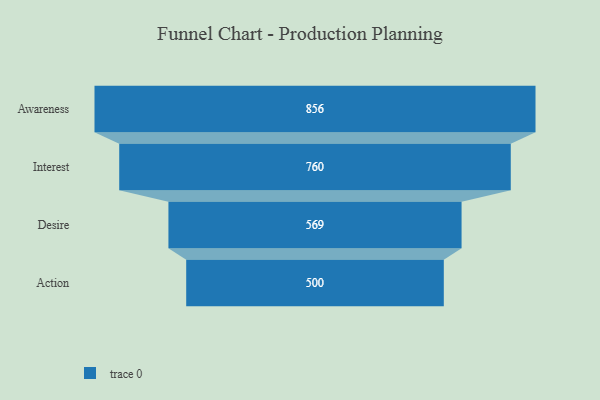
{"axis": {"x": "Stage", "y": "Value"}, "legend": [""], "data": [{"x": "Awareness", "y": 856.0, "type": ""}, {"x": "Interest", "y": 760.0, "type": ""}, {"x": "Desire", "y": 569.0, "type": ""}, {"x": "Action", "y": 500, "type": ""}]}